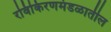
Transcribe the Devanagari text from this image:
रविकिरणमंडळातील